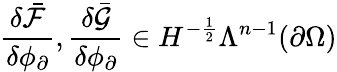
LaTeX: \frac{\delta\bar{\mathcal{F}}}{\delta\phi_{\partial}},\frac{\delta\bar{\mathcal{G}}}{\delta\phi_{\partial}}\in H^{-\frac{1}{2}}\Lambda^{n-1}(\partial\Omega)